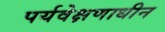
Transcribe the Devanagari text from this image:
पर्यवेक्षणाधीन